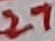
Text: 27